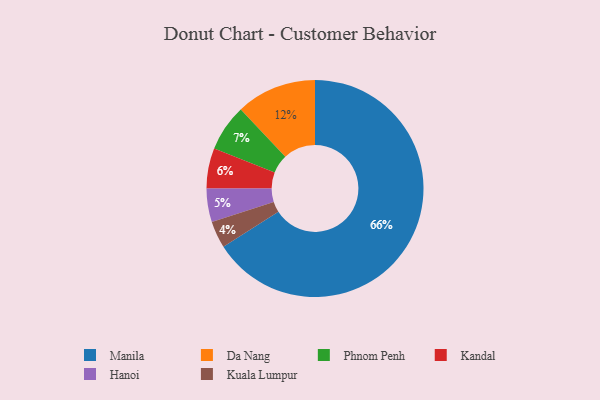
{"axis": {"x": "Category", "y": "Percentage"}, "legend": ["Da Nang", "Hanoi", "Kandal", "Kuala Lumpur", "Manila", "Phnom Penh"], "data": [{"x": "Kuala Lumpur", "y": 4, "type": "Kuala Lumpur"}, {"x": "Hanoi", "y": 5, "type": "Hanoi"}, {"x": "Phnom Penh", "y": 7, "type": "Phnom Penh"}, {"x": "Kandal", "y": 6, "type": "Kandal"}, {"x": "Da Nang", "y": 12, "type": "Da Nang"}, {"x": "Manila", "y": 66, "type": "Manila"}]}